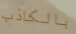
بالكاذب